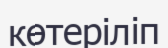
көтеріліп